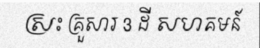
ស្រះ គ្រួសារ 3 ដី សហគមន៍